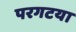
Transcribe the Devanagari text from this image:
परगटया